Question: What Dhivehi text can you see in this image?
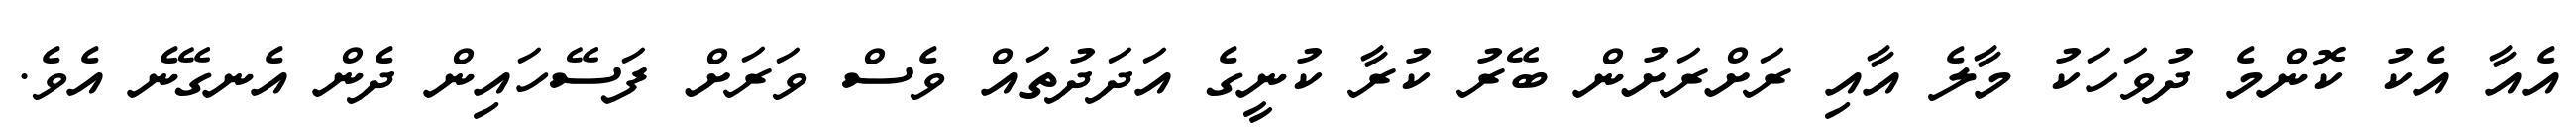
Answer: އެއާ އެކު ކޮންމެ ދުވަހަކު މާލެ އާއި ރަށްރަށުން ބޭރު ކުރާ ކުނީގެ އަދަދުތައް ވެސް ވަރަށް ފަސޭހައިން ދެން އެނގޭނެ އެވެ.